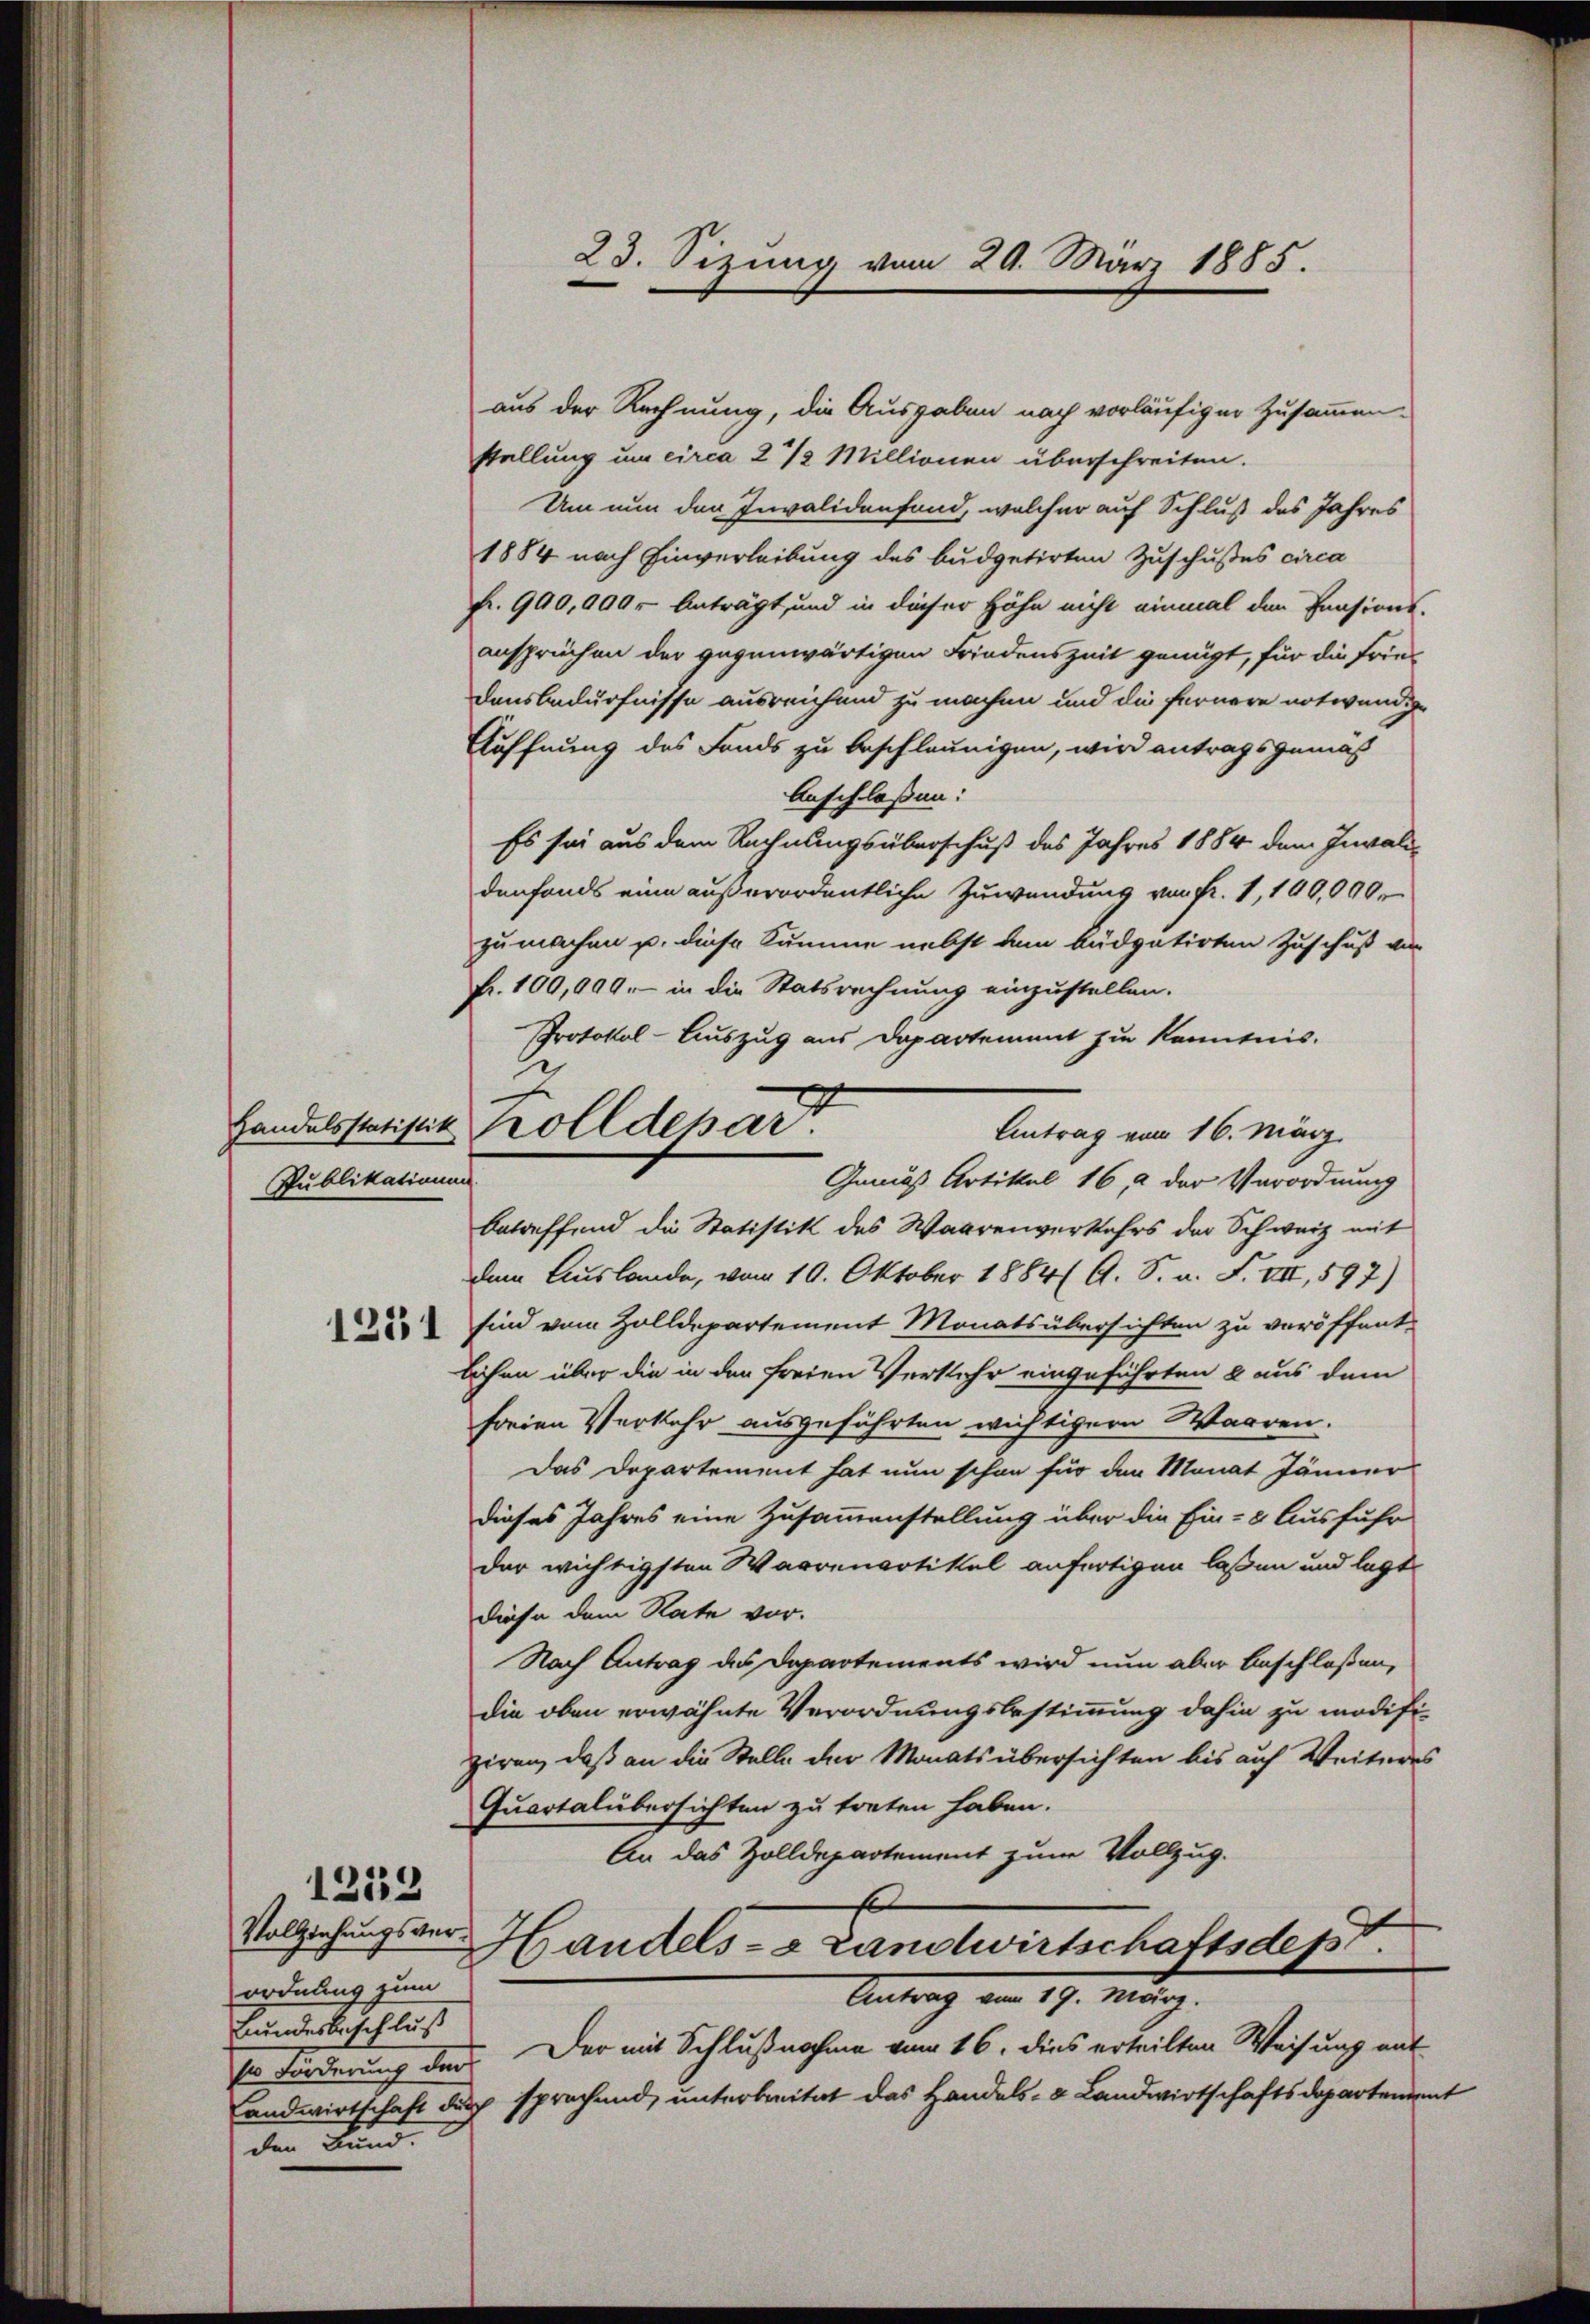
Handelsstatistik
Publikationen

1231

1212

Vollziehungsverordnung zum
Bundesbeschluß
den Band.

aus der Rechnung, die Ausgaben nach vorläufiger Zusammenstellung um circa 2 1/2 Millionen überschreiten.
Um nun den Invalidenfand, welcher auf Schluß des Jahres
1884 nach Einverleibung des Budgetirten Zuschußes circa
fr. 990,000.- Anträgt, und in dieser Höhe nicht einmal den Pensions-
ansprüchen der gegenwärtigen Friedenszeit genügt, für die Frie¬
Dausbedürfnisse ausreichend zu machen und die fernere notwendige
Eöffnung des Fonds zu beschleunigen, wird antragsgemäß
Anschloßen:
Es sei aus dem Rechnungsüberschuß des Jahres 1884 dem Invalidenfonds eine außerordentliche Zuwendung von Fr. 1, 100,000.
zu machen u. diese Summe nebst dem küdpatirten Zuschuß von
fr. 100,099. in die Statsrechnung einzustellen.
Protokol-Auszug aus Departement zu Kenntnis.
betreffend die Statistik des Waarenverkehrs der Schweiz mit
dem Auslande, vom 10. Oktober 1884 G. S. u. F. VII, 597)
sind vom Zolldepartement Monatsübersichten zu veröffent-
lichen über die in den freien Verkehr eingeführten & aus dem
freien Verkehr ausgeführten wichtigern Warren.
Das Departement hat nun schon für den Monat Jänner
dieses Jahres eine Zusammenstellung über die Ein- & Ausfuhr
der wichtigsten Warrenartikel anfertigen laßen und legt
diese dem Rate vor.
Nach Antrag des Departements wird nun aber beschlossen,
die oben erwähnte Verordnungsbestimmung dahin zu modifi-
ziren, daß an die Stelle der Monats übersichten bis auf Weiteres
Quartalübersichten zu treten haben.
An das Zolldepartement zum Vollzug.
Handels- & Landwirtschaftsdep
Antrag vom 19. März.
so Forderung der Der mit Schlußnahme vom 16. dies erteilten Weisung mit
andwirtschaft durch sprachend, unterbreitet das Handels- & Landwirtschaftsdepartement

Kolldepart
Antrag vom 16. März
Gemäß Artikel 16, 2 der Verordnung

23. Sizung vom 29. März 1885.